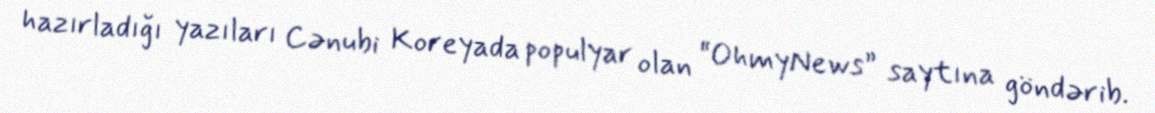
hazırladığı yazıları Cənubi Koreyada populyar olan “OhmyNews” saytına göndərib.